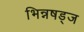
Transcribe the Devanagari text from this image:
भिन्नषड्ज